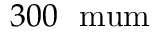
3 0 0 ~ \mathrm { \ m u m }